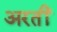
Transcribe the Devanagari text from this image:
अरतीं